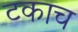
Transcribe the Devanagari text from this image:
टकाच